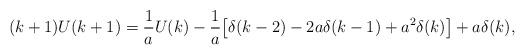
LaTeX: \begin{align*} (k+1) U(k+1) = \frac{1}{a} U(k) - \frac{1}{a} \bigl[ \delta (k-2) -2a \delta (k-1) + a^2 \delta (k) \bigr] + a\delta (k),\end{align*}